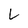
Character: L